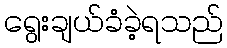
ရွေးချယ်ခံခဲ့ရသည်